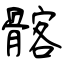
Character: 髂